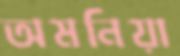
অমনিয়া